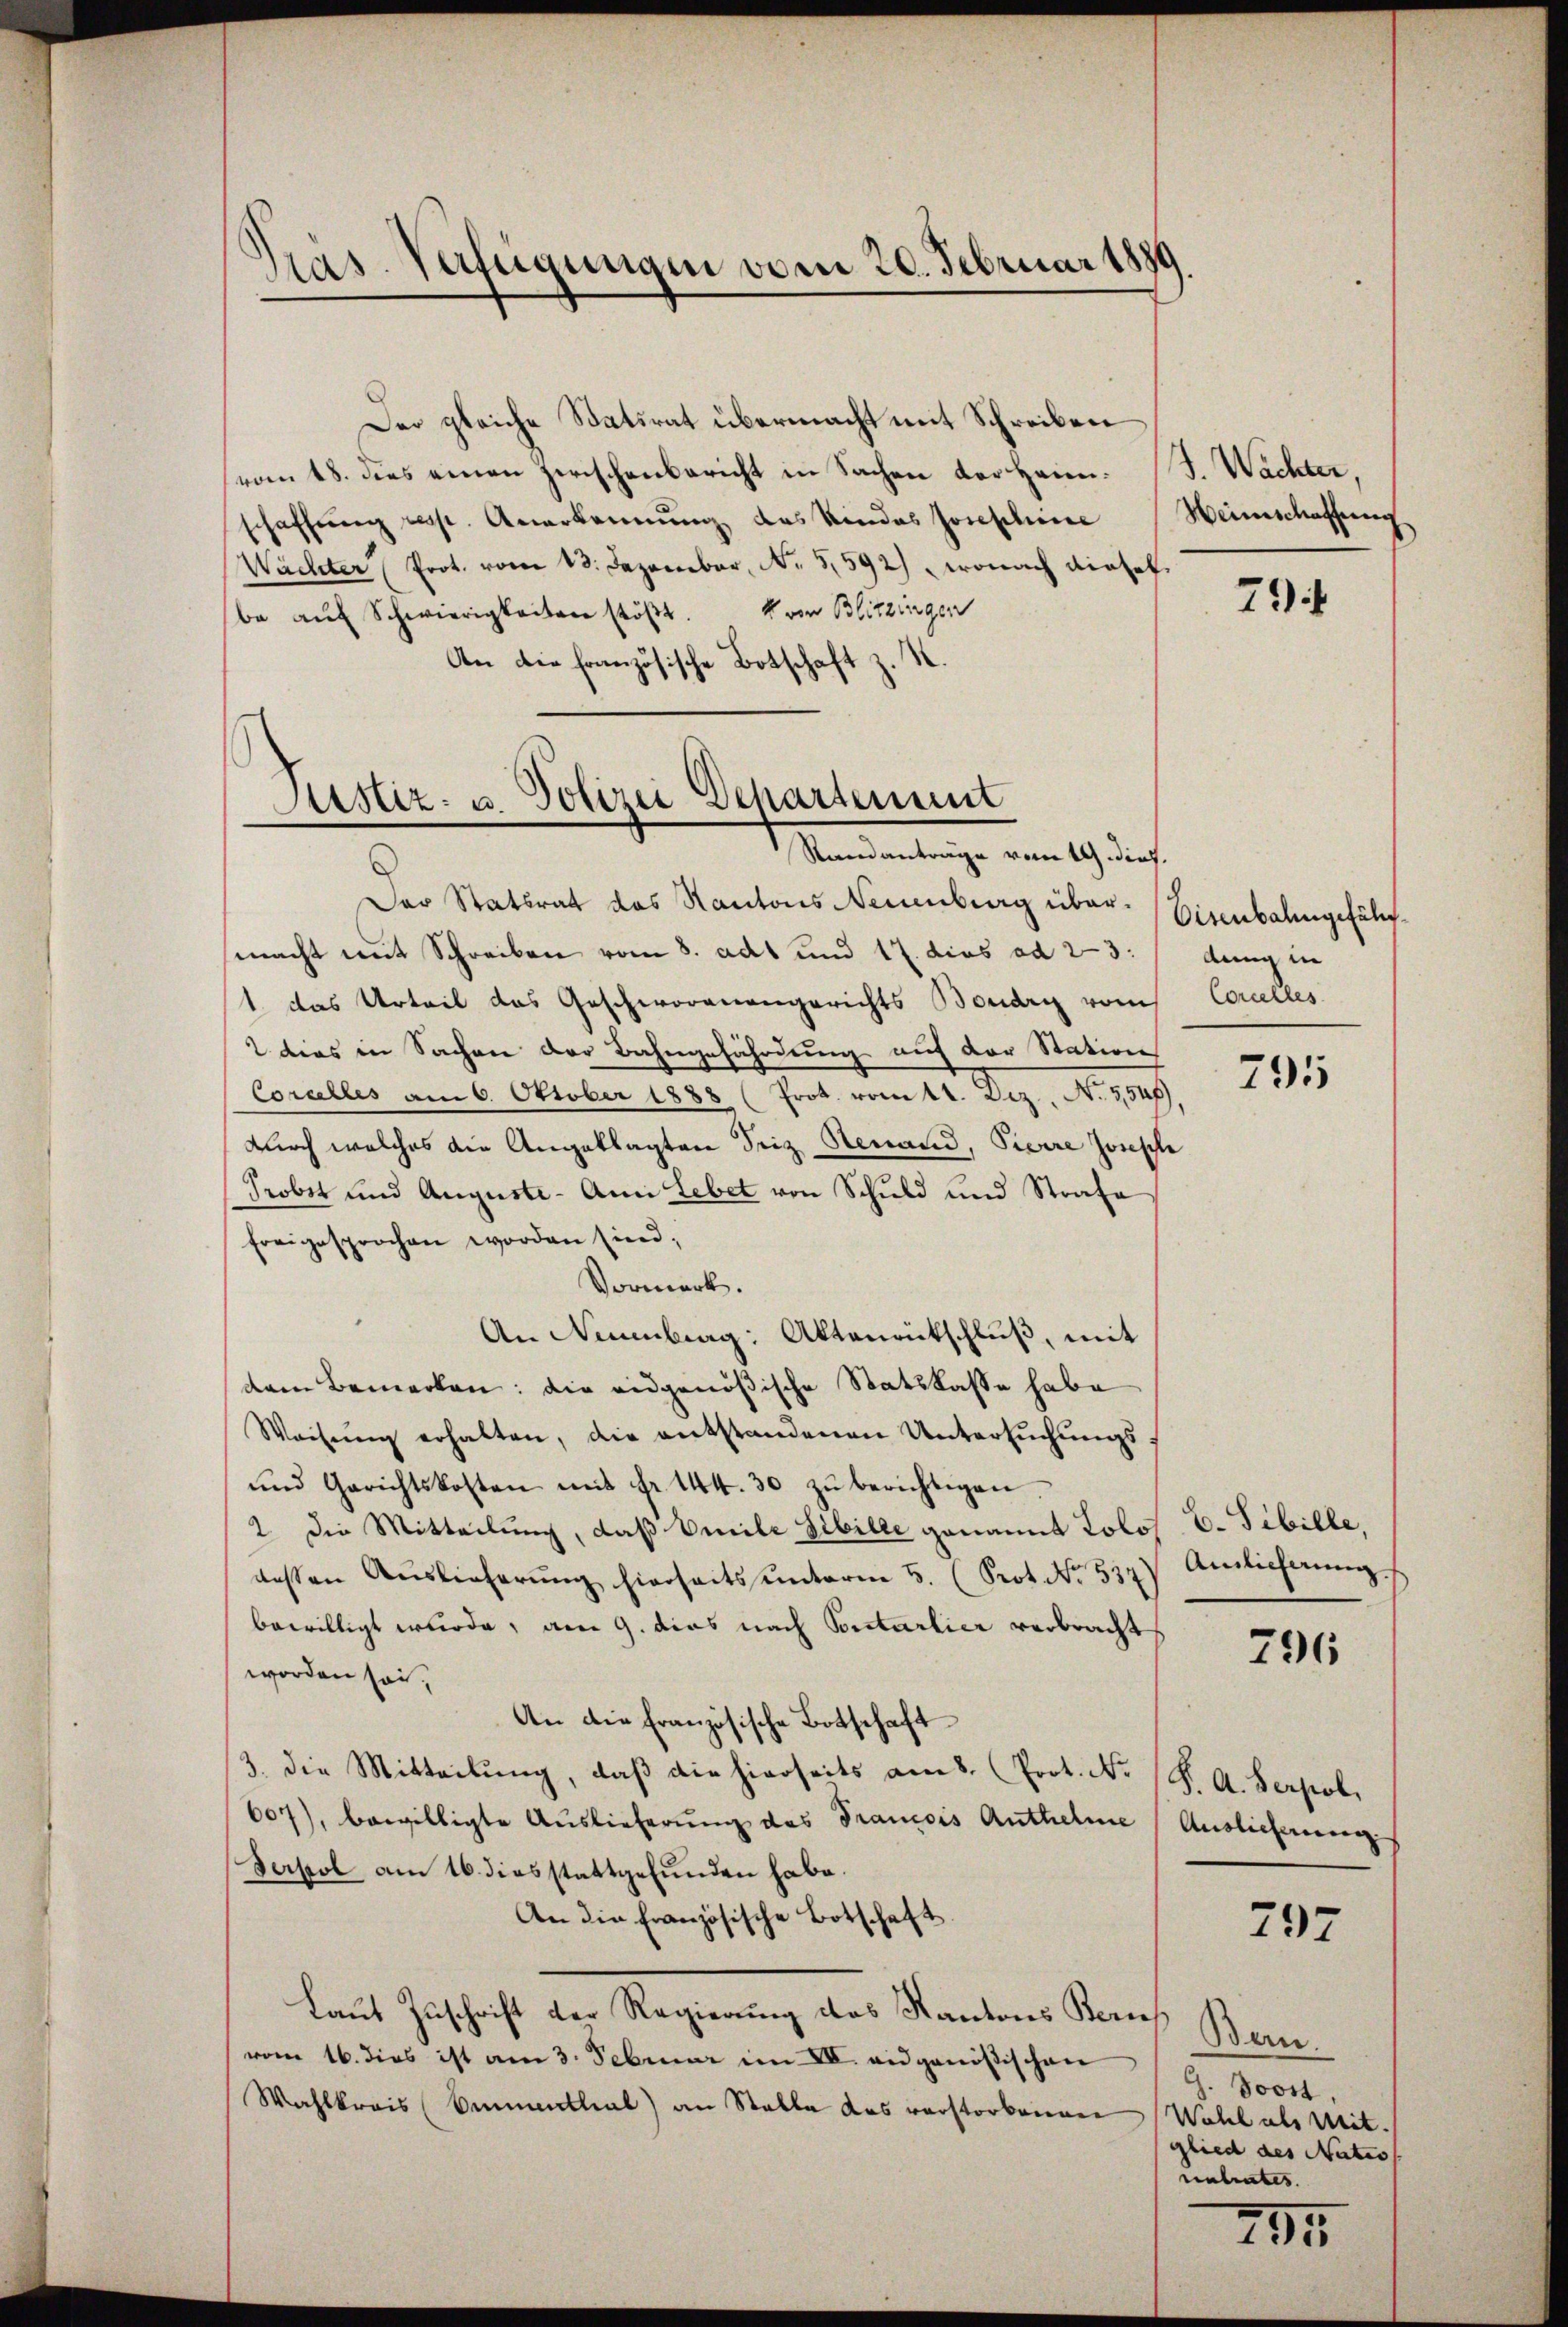
Pras. Verfügungen vom 20. Februar 1889

Der gleiche Statsrat übermacht mit Schreiben
vom 18. dies einen Zwischenbericht in Sachen der Heimschaffung resp. Anerkennung des Kindes Josephine
Wächter " Prot. vom 13. Dezember, No. 5592) wonach diesel
be aŭf Schwierigkeiten stöβt. von Blitzingen
An die französische Botschaft z. S.

Justiz- u. Polizei Departement
Randanträge vom 19. dies.

Das Statsrat das Kantons Neuenburg übermacht mit Schreiben vom 8. adt und 17. dies ad 23: /dung in
1. das Urteil das Geschworenengerichts Boudry vom Concelles
2 dies in Sachen der Bahngefährdung auf der Station
Corcelles am 6. Oktober 1888 (Prot. vom 11. Dez., N. 3,548)
durch welches die Angeklagten Friz Renaud, Pierre Ionische
Probst und Auguste - Am Lebet von Schuld und Strafe
freigesprochen worden sind;
Vormerk.
An Neuenburg: Aktenrütschluß, mit
dem Bemerken: die eidgenößische Statskasse habe
Weisŭng erhalten, die entstandenen Untersŭchŭngs-
und Gerichtskosten mit fr. 144. 30 zŭ berichtigen.
2 die Mitteilung, daß beile Sibille genannt Lolo
dessen Auslieferŭng hierseitsunterm 5. (Prot. No. 537)
bewilligt wurde, am 9. dies nach Portarlier verbracht
worden sei.
An die Französische Botschaft
3. die Mitteilung, daß die hierseits am 8. Prot. N. (S. A. Serpoli
607), bewilligte Auslieferung das Francois Anthehme, Auslieferungs
Serpol am 16. diesstattgefunden habe.
An die Französische Botschaft
Laut Zuschrift der Regierung des Kantons Bern,
vom 16. dies ist am 3. Februar im II. eidgenößischen
Wahlkreis (Emmenthal) an Stalle das verstorbennen Wahl als Mit-

J. Wächter,
Heimschaffung

794

Eisenbahngeführ

795

C. Sibille,
Ainlicherung.

796

797

Bern.
G. Jost,
glied des Natio
nahntes.

291